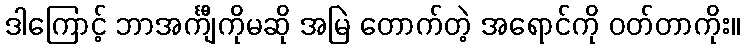
ဒါကြောင့် ဘာအင်္ကျီကိုမဆို အမြဲ တောက်တဲ့ အရောင်ကို ဝတ်တာကိုး။